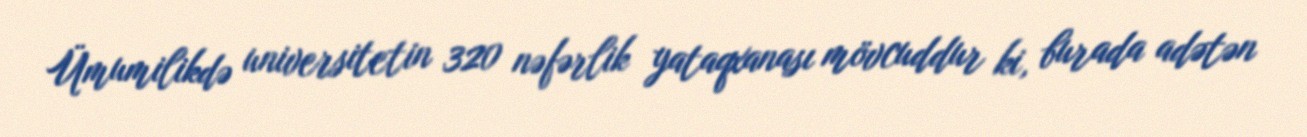
Ümumilikdə universitetin 320 nəfərlik yataqxanası mövcuddur ki, burada adətən